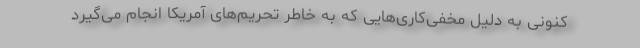
کنونی به دلیل مخفی‌کاری‌هایی که به خاطر تحریم‌های آمریکا انجام می‌گیرد